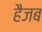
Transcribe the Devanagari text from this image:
हैजब